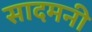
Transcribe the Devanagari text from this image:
सादमनी